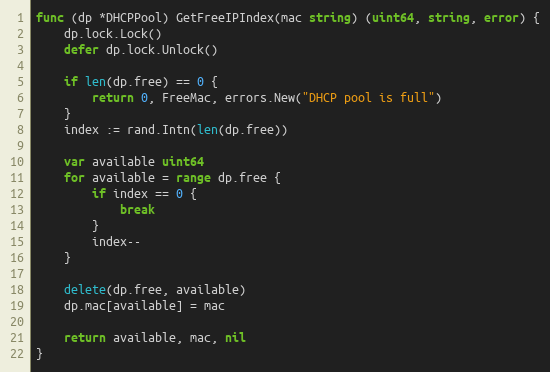
Language: Go
func (dp *DHCPPool) GetFreeIPIndex(mac string) (uint64, string, error) {
	dp.lock.Lock()
	defer dp.lock.Unlock()

	if len(dp.free) == 0 {
		return 0, FreeMac, errors.New("DHCP pool is full")
	}
	index := rand.Intn(len(dp.free))

	var available uint64
	for available = range dp.free {
		if index == 0 {
			break
		}
		index--
	}

	delete(dp.free, available)
	dp.mac[available] = mac

	return available, mac, nil
}